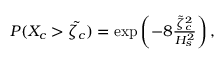
\begin{array} { r } { P ( X _ { c } > \tilde { \zeta _ { c } } ) = \exp \left( - 8 \frac { \tilde { \zeta } _ { c } ^ { 2 } } { H _ { s } ^ { 2 } } \right) , } \end{array}